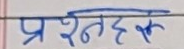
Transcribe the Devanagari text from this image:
प्रश्न हक